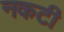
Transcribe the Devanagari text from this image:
नकटी